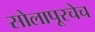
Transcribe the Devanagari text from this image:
सोलापूरचेच